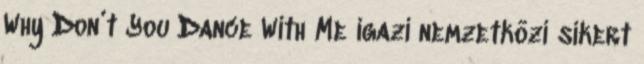
Why Don’t You Dance With Me igazi nemzetközi sikert